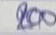
200